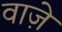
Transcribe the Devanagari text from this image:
वाज़े